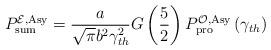
LaTeX: \begin{align*}P_{{\rm{sum}}}^{{\cal E},{\rm{Asy}}} = \frac{a}{{\sqrt \pi {b^2}\gamma _{th}^2}}G\left( {\frac{5}{2}} \right)P_{{\rm{pro}}}^{{\cal O},{\rm{Asy}}}\left( {{\gamma _{th}}} \right)\end{align*}